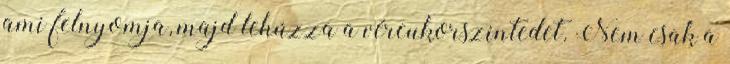
ami felnyomja, majd lehúzza a vércukorszintedet. Nem csak a